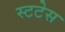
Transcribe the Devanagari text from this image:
स्टटेस